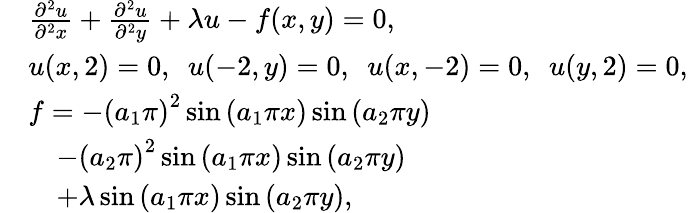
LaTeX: \begin{array}{rl}&{\frac{\partial^{2}u}{\partial^{2}x}+\frac{\partial^{2}u}{\partial^{2}y}+\lambda u-f(x,y)=0,}\\ &{u(x,2)=0,\, \, \, u(-2,y)=0,\, \, \, u(x,-2)=0,\, \, \, u(y,2)=0,}\\ &{f=-\left(a_{1}\pi\right)^{2}\sin\left(a_{1}\pi x\right)\sin\left(a_{2}\pi y\right)}\\ &{\quad-\left(a_{2}\pi\right)^{2}\sin\left(a_{1}\pi x\right)\sin\left(a_{2}\pi y\right)}\\ &{\quad+\lambda\sin\left(a_{1}\pi x\right)\sin\left(a_{2}\pi y\right),}\end{array}